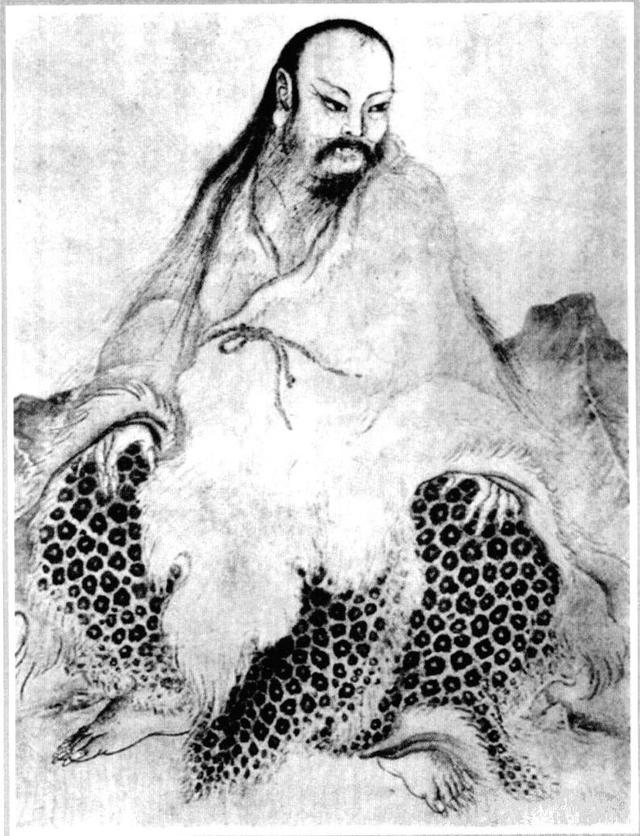
水流湿，火就燥。云从龙，风从虎。